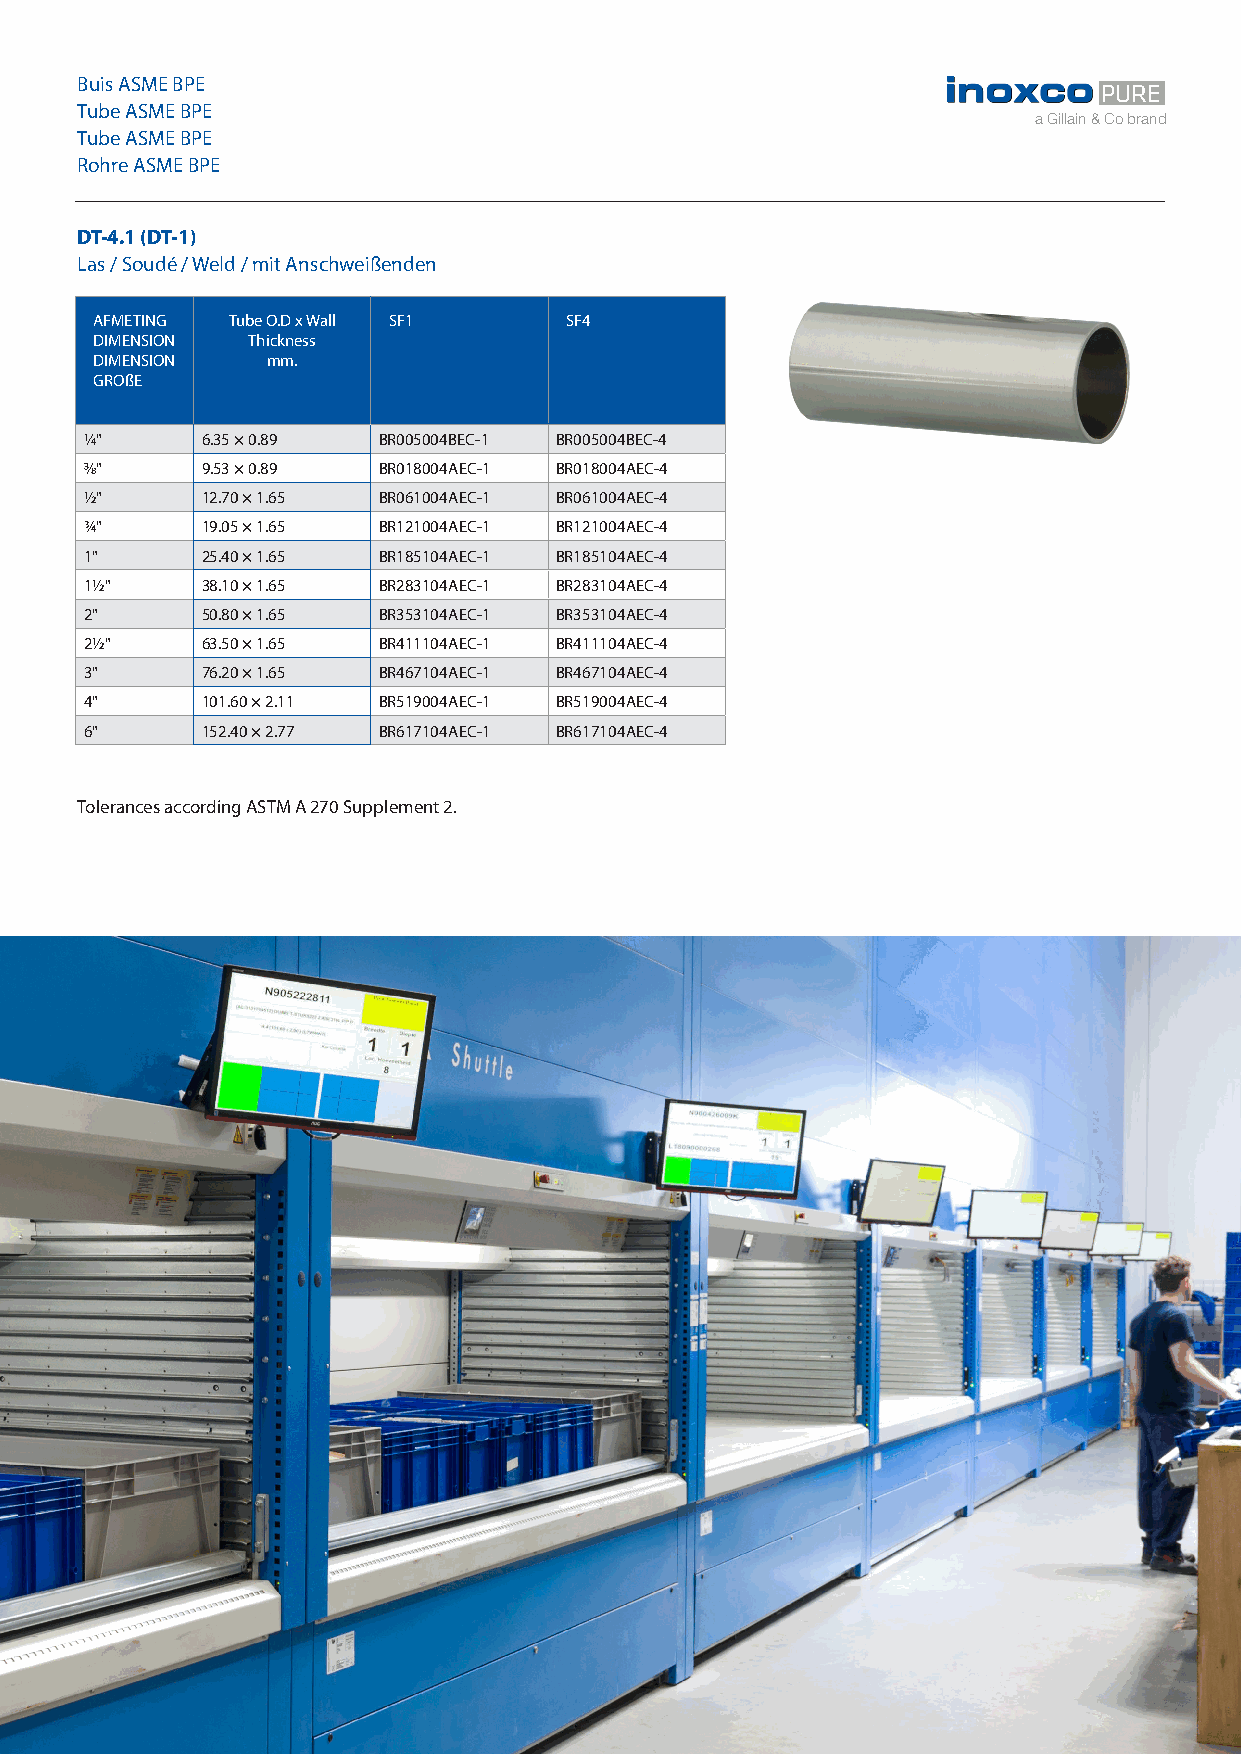
Buis ASME BPE
 PURE
 Tube ASME BPE
 a Gillain & Co brand
 Tube ASME BPE
 Rohre ASME BPE
 DT-4.1 (DT-1)
 Las / Soudé / Weld / mit Anschweißenden
 AFMETING Tube O.D x Wall SF1   SF4
 DIMENSION Thickness
 DIMENSION   mm.
 GROßE
 1/4"   6.35 × 0.89 BR005004BEC-1 BR005004BEC-4
 3/8"   9.53 × 0.89 BR018004AEC-1 BR018004AEC-4
 1/2"   12.70 × 1.65 BR061004AEC-1 BR061004AEC-4
 3/4"   19.05 × 1.65 BR121004AEC-1 BR121004AEC-4
 1"     25.40 × 1.65 BR185104AEC-1 BR185104AEC-4
 11/2"  38.10 × 1.65 BR283104AEC-1 BR283104AEC-4
 2"     50.80 × 1.65 BR353104AEC-1 BR353104AEC-4
 21/2"  63.50 × 1.65 BR411104AEC-1 BR411104AEC-4
 3"     76.20 × 1.65 BR467104AEC-1 BR467104AEC-4
 4"     101.60 × 2.11 BR519004AEC-1 BR519004AEC-4
 6"     152.40 × 2.77 BR617104AEC-1 BR617104AEC-4
 Tolerances according ASTM A 270 Supplement 2.
 T +32 3 870 60 80 | F +32 3 870 60 89 | advice@gillain.com | www.gillain.com | 7